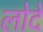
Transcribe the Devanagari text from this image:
लोदे